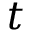
t